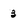
Character: 3